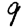
Digit: 9